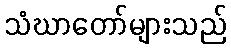
သံဃာတော်များသည်